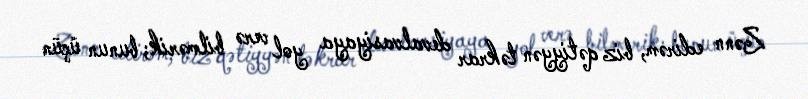
Zənn edirəm, biz qətiyyən təkrar devalvasiyaya yol verə bilmərik; bunun üçün